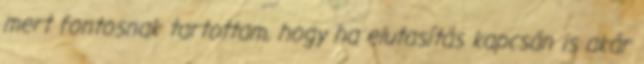
mert fontosnak tartottam, hogy ha elutasítás kapcsán is akár